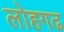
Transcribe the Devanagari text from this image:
लोहगढ